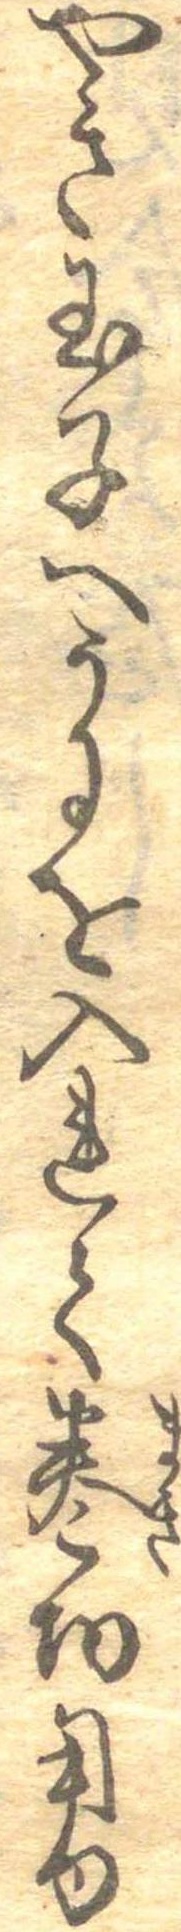
やき玉子へうにを入れて巻切用ゆ